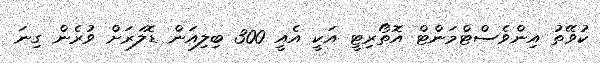
ކުވޭތު އިންވެސްޓްމަންޓް އޮތޯރިޓީ އަކީ އެއީ 300 ބިލިއަން ޑޮލަަރަށް ވުރެން ގިނަ